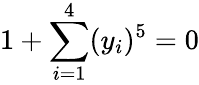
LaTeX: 1+\sum_{i=1}^{4}(y_{i})^{5}=0